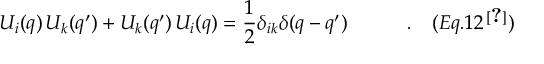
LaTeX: { \cal U } _ { i } ( q ) \, { \cal U } _ { k } ( q ^ { \prime } ) + { \cal U } _ { k } ( q ^ { \prime } ) \, { \cal U } _ { i } ( q ) = { \frac { 1 } { 2 } } \delta _ { i k } \delta ( q - q ^ { \prime } ) \quad \quad \quad . \quad ( E q . 1 2 ^ { \, \cite { M a j } } ) \nonumber